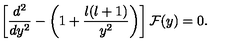
\left[ { \frac { d ^ { 2 } } { d y ^ { 2 } } } - \left( 1 + { \frac { l ( l + 1 ) } { y ^ { 2 } } } \right) \right] { \cal F } ( y ) = 0 .